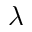
\lambda